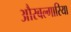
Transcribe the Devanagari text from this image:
औरबल्गारिया